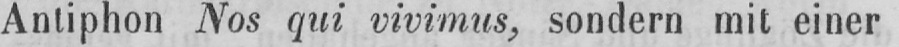
Antiphon Nos qui vivimus, sondern mit einer